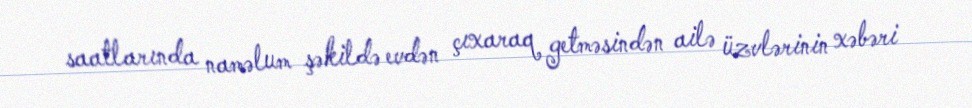
saatlarında naməlum şəkildə evdən çıxaraq getməsindən ailə üzvlərinin xəbəri